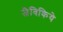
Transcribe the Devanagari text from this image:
जैविकिये